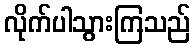
လိုက်ပါသွားကြသည်